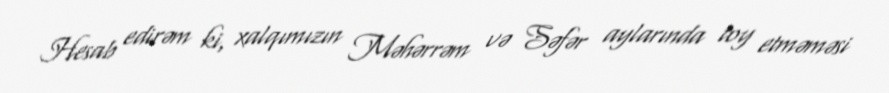
Hesab edirəm ki, xalqımızın Məhərrəm və Səfər aylarında toy etməməsi